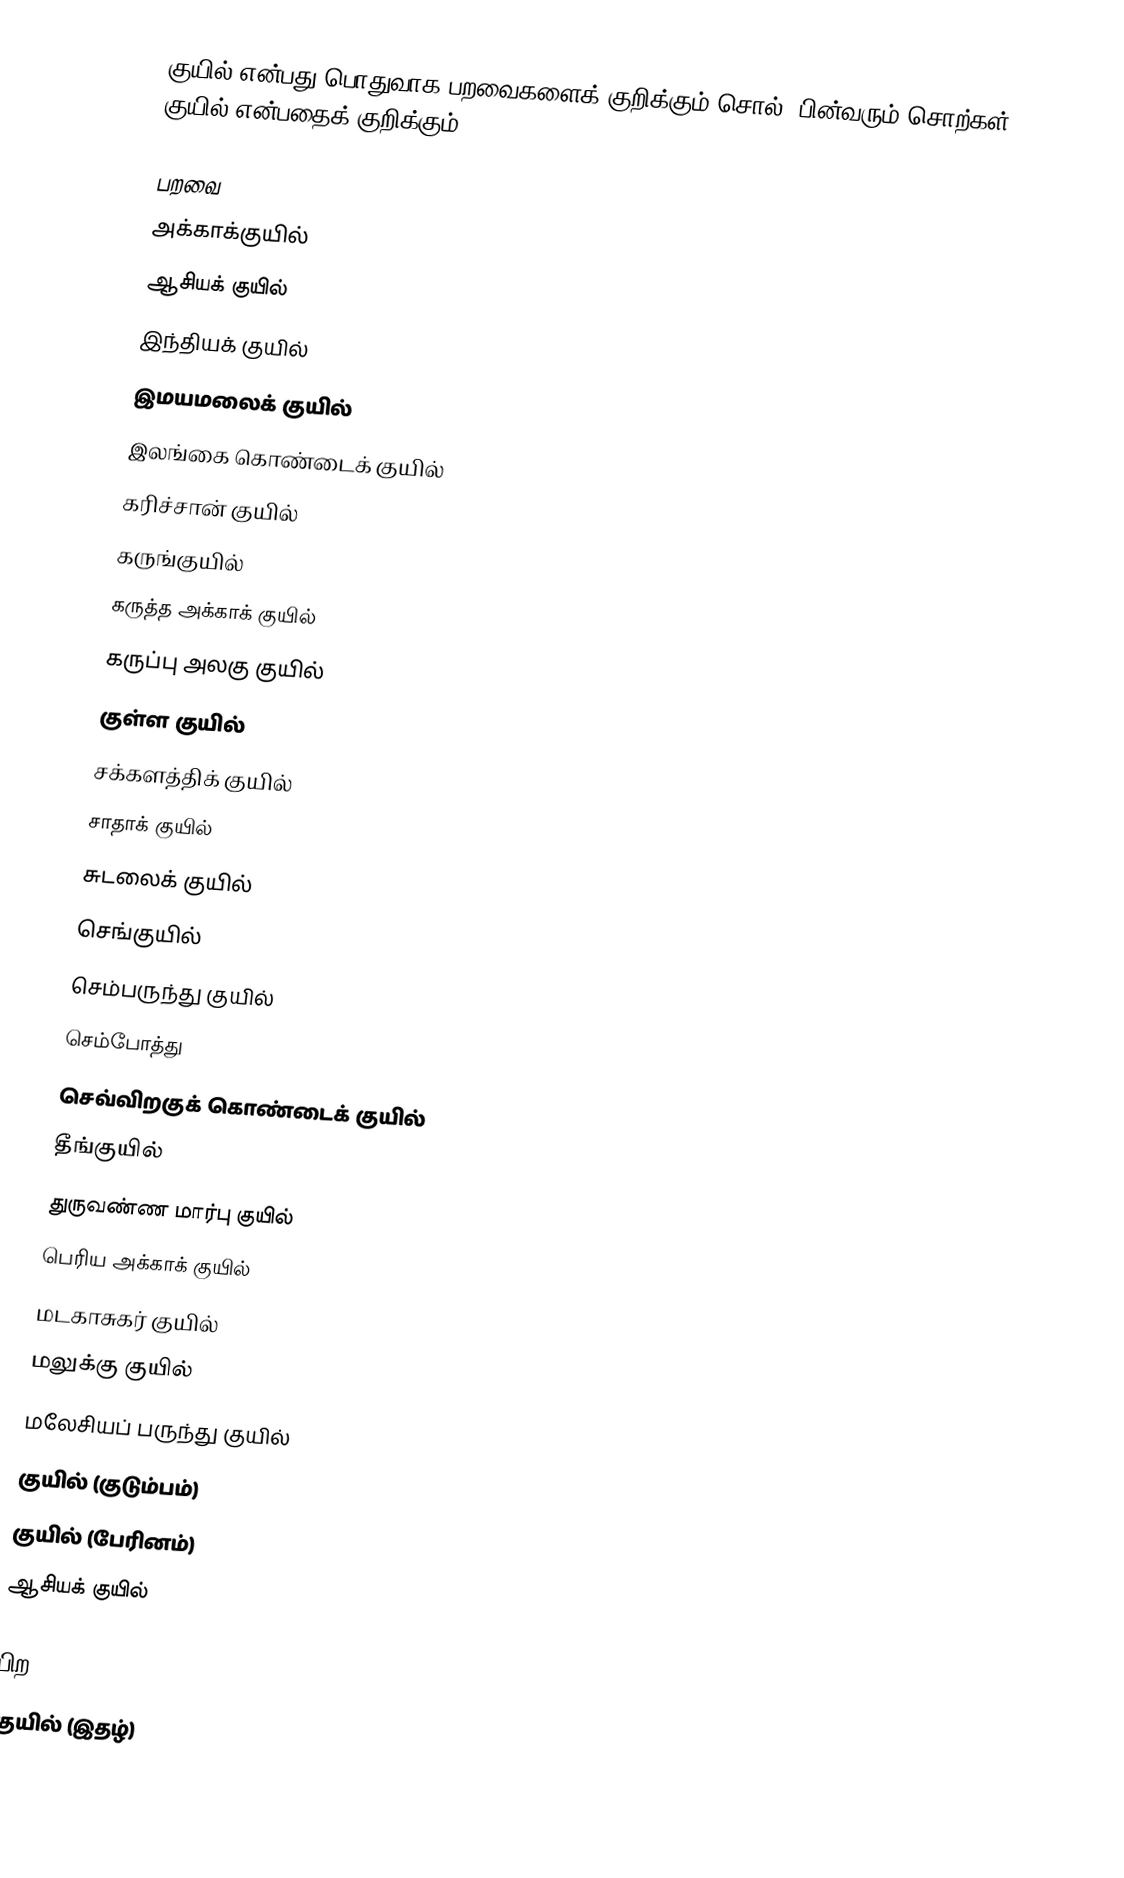
குயில் என்பது பொதுவாக பறவைகளைக் குறிக்கும் சொல். பின்வரும் சொற்கள் குயில் என்பதைக் குறிக்கும்:

பறவை
 அக்காக்குயில்
 ஆசியக் குயில்
 இந்தியக் குயில்
 இமயமலைக் குயில்
 இலங்கை கொண்டைக் குயில்
 கரிச்சான் குயில்
 கருங்குயில்
 கருத்த அக்காக் குயில்
 கருப்பு அலகு குயில்
 குள்ள குயில்
 சக்களத்திக் குயில்
 சாதாக் குயில்
 சுடலைக் குயில்
 செங்குயில்
 செம்பருந்து குயில்
 செம்போத்து
 செவ்விறகுக் கொண்டைக் குயில்
 தீங்குயில்
 துருவண்ண மார்பு குயில்
 பெரிய அக்காக் குயில்
 மடகாசுகர் குயில்
 மலுக்கு குயில்
 மலேசியப் பருந்து குயில்
 குயில் (குடும்பம்)
 குயில் (பேரினம்)
 ஆசியக் குயில்

பிற
குயில் (இதழ்)